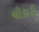
ચીકારી